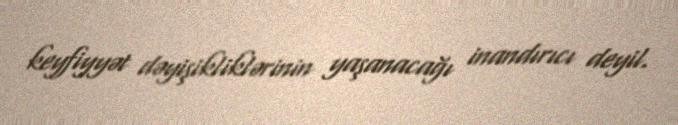
keyfiyyət dəyişikliklərinin yaşanacağı inandırıcı deyil.